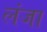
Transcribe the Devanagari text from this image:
लंजा